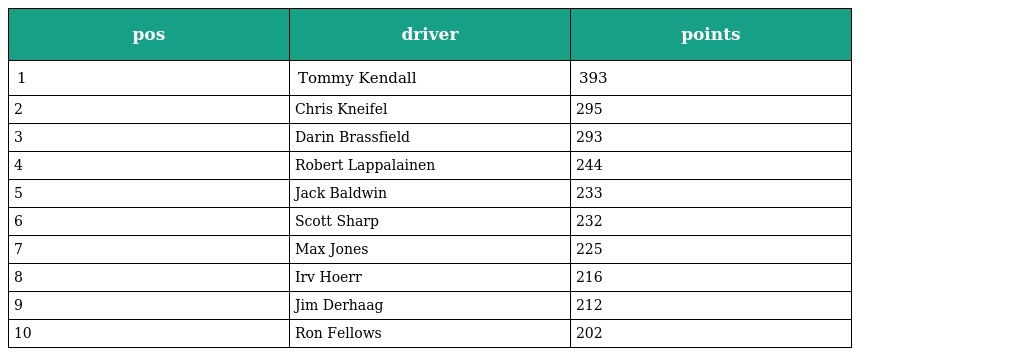
| pos | driver | points |
 | --- | --- | --- |
 | 1 | Tommy Kendall | 393 |
 | 2 | Chris Kneifel | 295 |
 | 3 | Darin Brassfield | 293 |
 | 4 | Robert Lappalainen | 244 |
 | 5 | Jack Baldwin | 233 |
 | 6 | Scott Sharp | 232 |
 | 7 | Max Jones | 225 |
 | 8 | Irv Hoerr | 216 |
 | 9 | Jim Derhaag | 212 |
 | 10 | Ron Fellows | 202 |